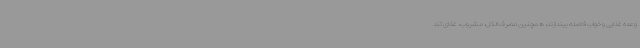
وعده غذایی و خواب فاصله بیندازند، همچنین مصرف الکل، مشروب، غذای تند